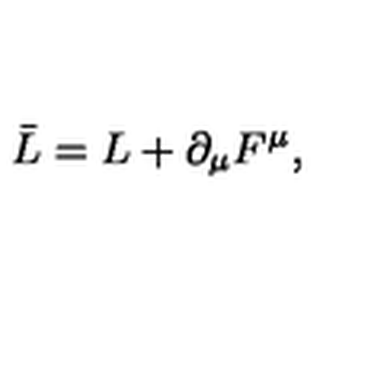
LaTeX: \bar { L } = L + \partial _ { \mu } F ^ { \mu } ,